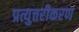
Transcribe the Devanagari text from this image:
प्रत्युत्तरीकरण